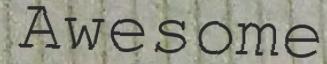
Awesome